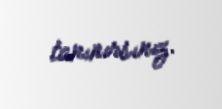
tanınırsınız.